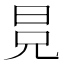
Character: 𣅷